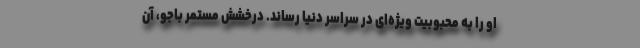
او را به محبوبیت ویژه‌ای در سراسر دنیا رساند. درخشش مستمر باجو، آن